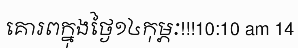
គោរពក្នុងថ្ងៃ១៤កុម្ភៈ!!!10:10 am 14